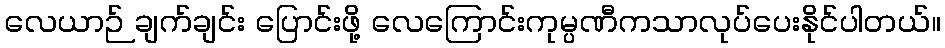
လေယာဉ် ချက်ချင်း ပြောင်းဖို့ လေကြောင်းကုမ္ပဏီကသာလုပ်ပေးနိုင်ပါတယ်။